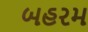
બહરમ